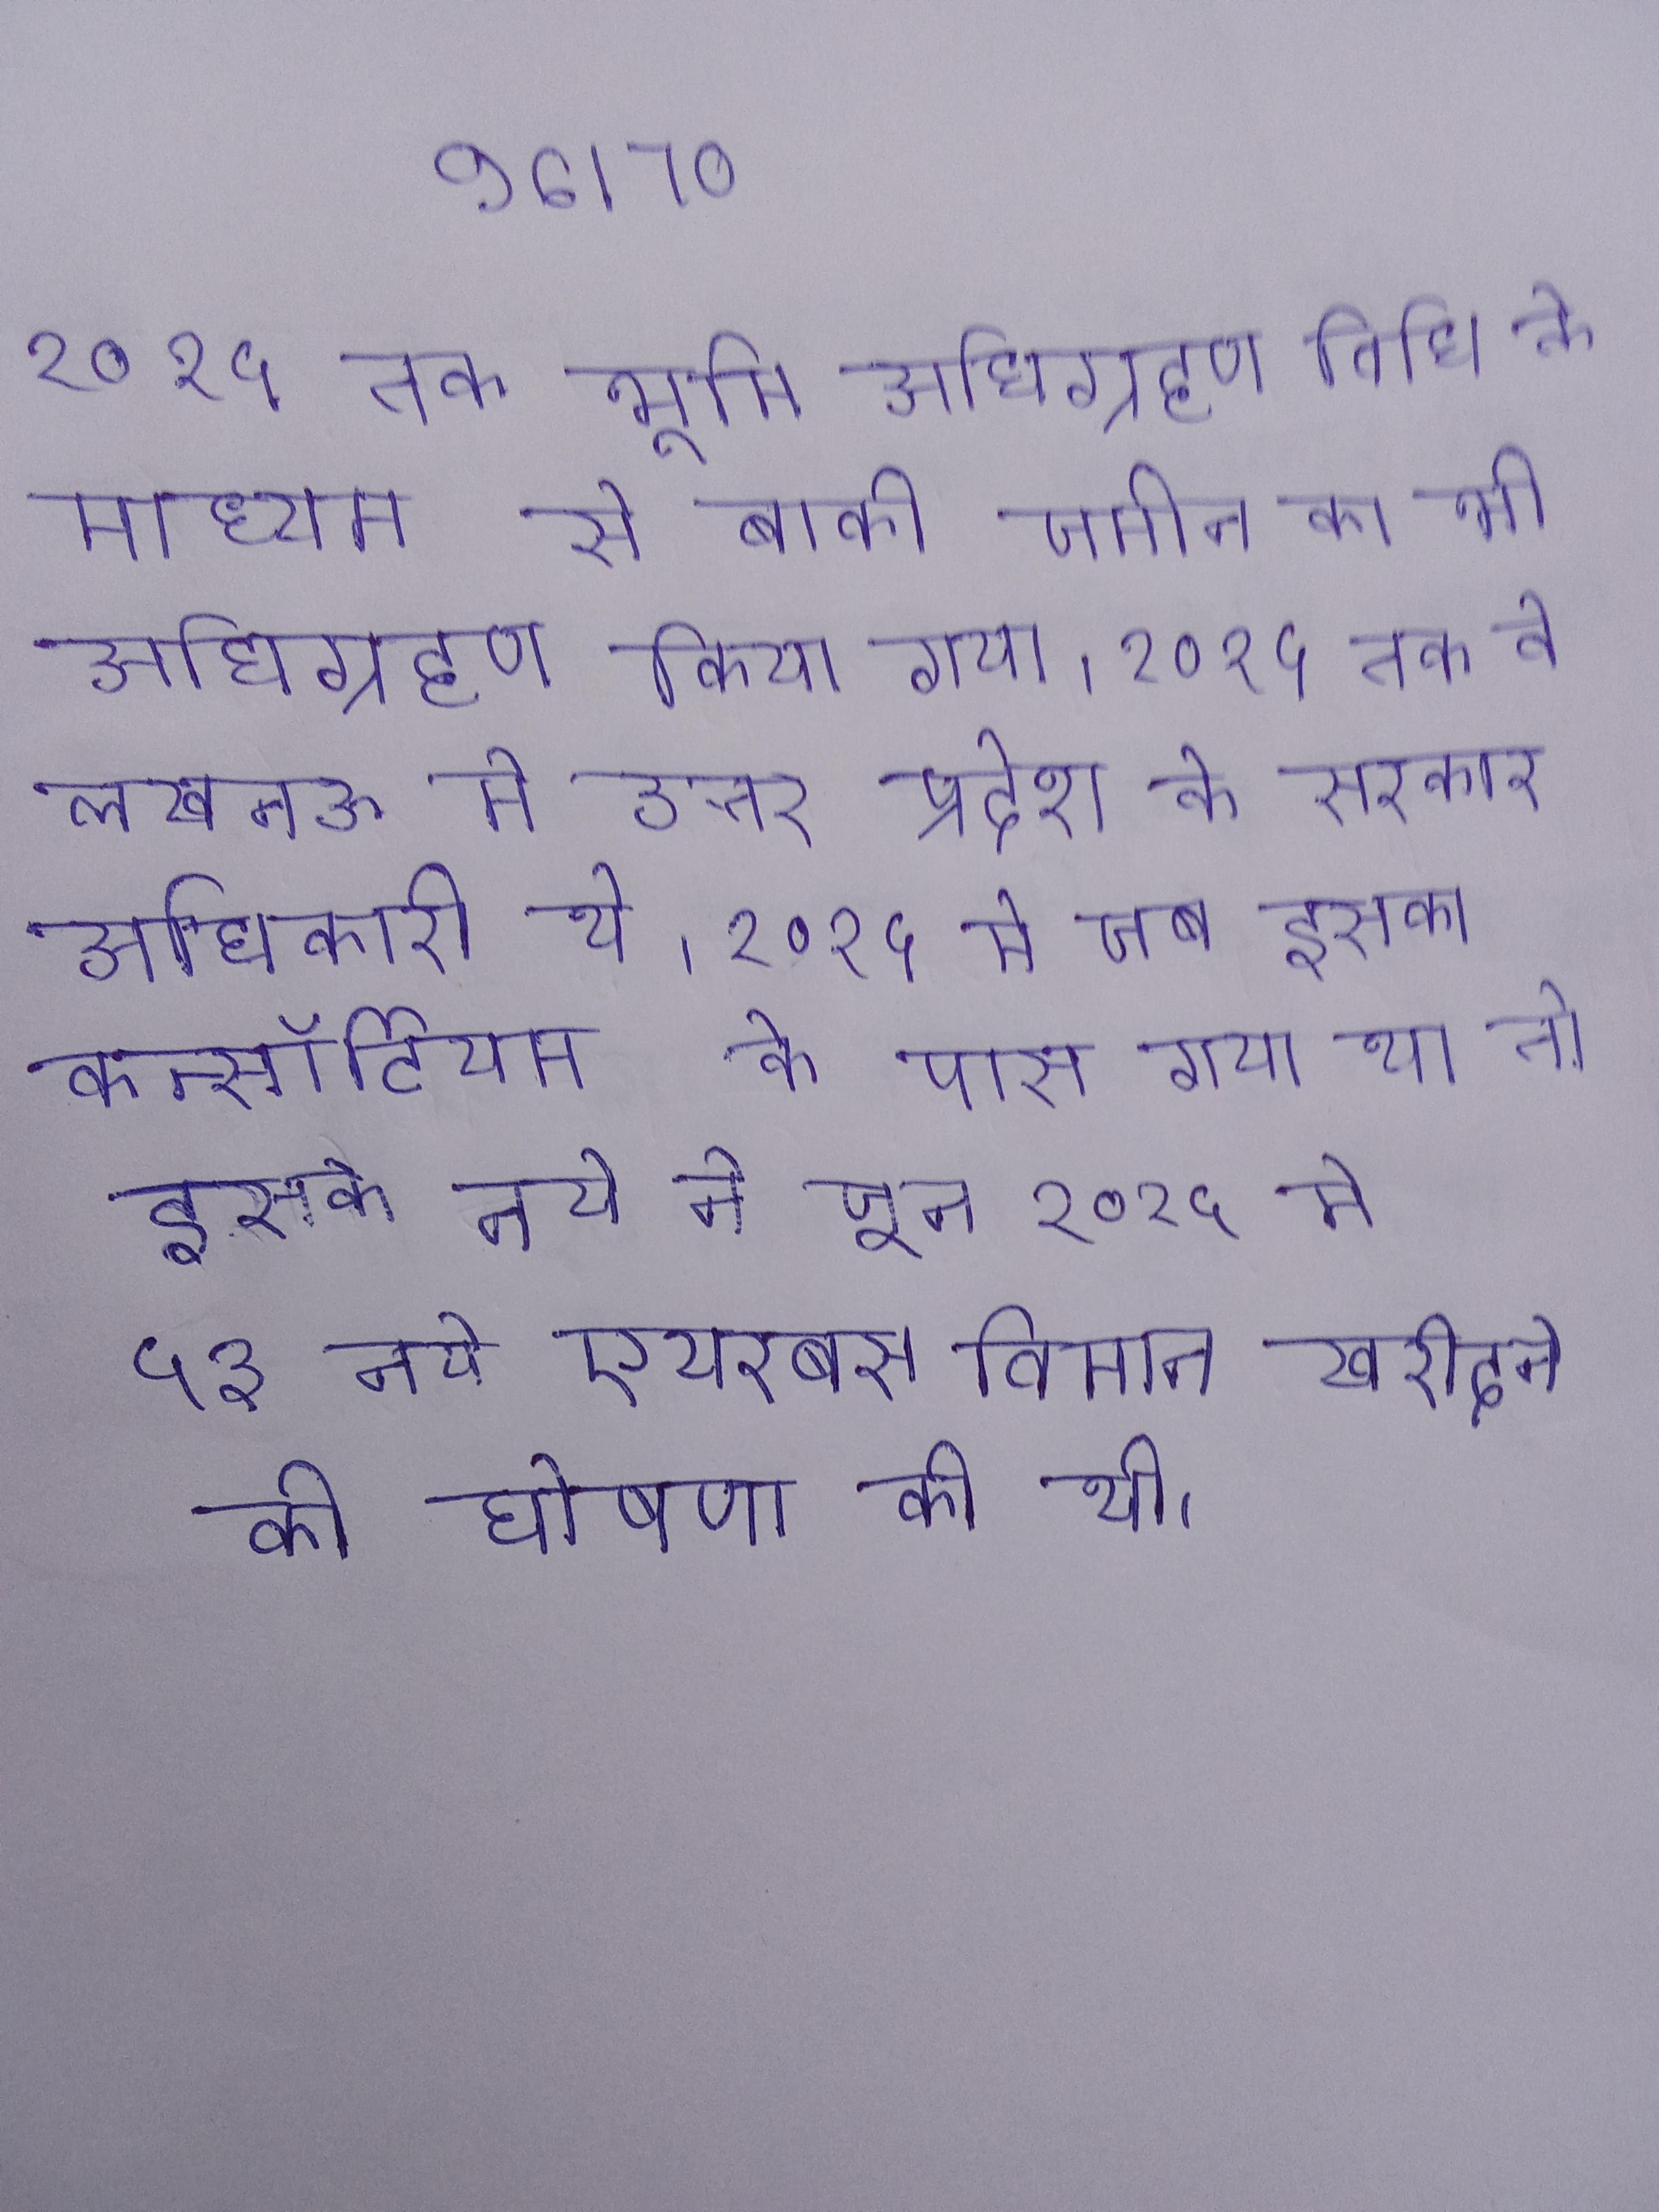
२०१५ तक भूमि अधिग्रहण विधि के माध्यम से बाकी जमीन का भी अधिग्रहण किया गया । २०१५ तक वे लखनऊ मे उत्तर प्रदेश के सरकार अधिकारी थे । २०१५ मे जब इसका कन्सॉर्टियम के पास गया था तो इसके नये ने जून २०१५ मे ५३ नये एयरबस विमान खरीदने की घोषणा की थी ।